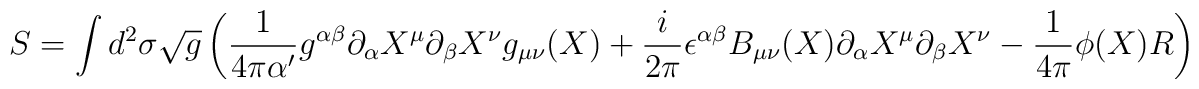
S=\int d^2\sigma \sqrt{g}\left( \frac{1}{4\pi\alpha'} g^{\alpha\beta}\partial_\alpha X^{\mu}\partial_\beta  X^{\nu}g_{\mu\nu}(X) + \frac{i}{2\pi} \epsilon^{\alpha\beta}B_{\mu\nu}(X) \partial_\alpha X^{\mu}\partial_\beta  X^{\nu}- \frac{1}{4\pi} \phi(X) R \right)